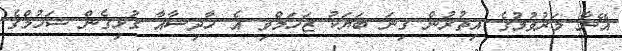
އޭނާ މަރުވުމުގެ އިތުރުން ގިނަ ބަޔަކު ޒަހަމްވި އެ ހާދިސާއާ ގުޅިގެން ޝަހުމްގެ